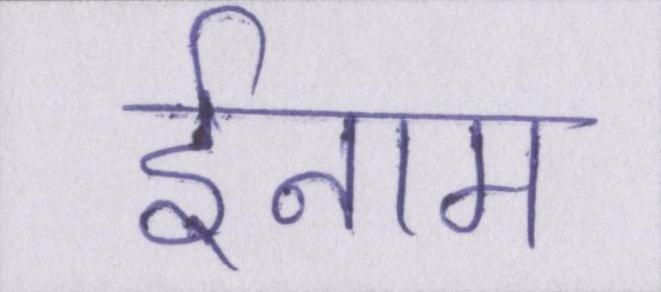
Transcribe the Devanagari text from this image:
ईनाम